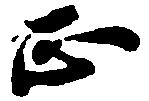
正